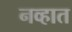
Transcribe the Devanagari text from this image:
नव्हात